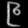
Digit: ၉